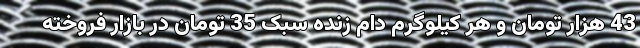
43 هزار تومان و هر کیلوگرم دام زنده سبک 35 تومان در بازار فروخته